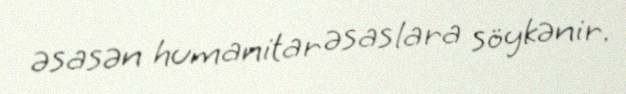
əsasən humanitar əsaslara söykənir.